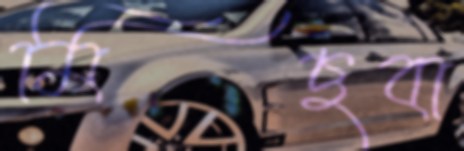
মিছবা